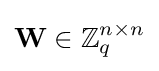
{\textbf {W}}\in \mathbb {Z} _{q}^{n\times n}